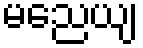
မညေယျ